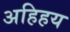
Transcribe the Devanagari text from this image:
अहिहय